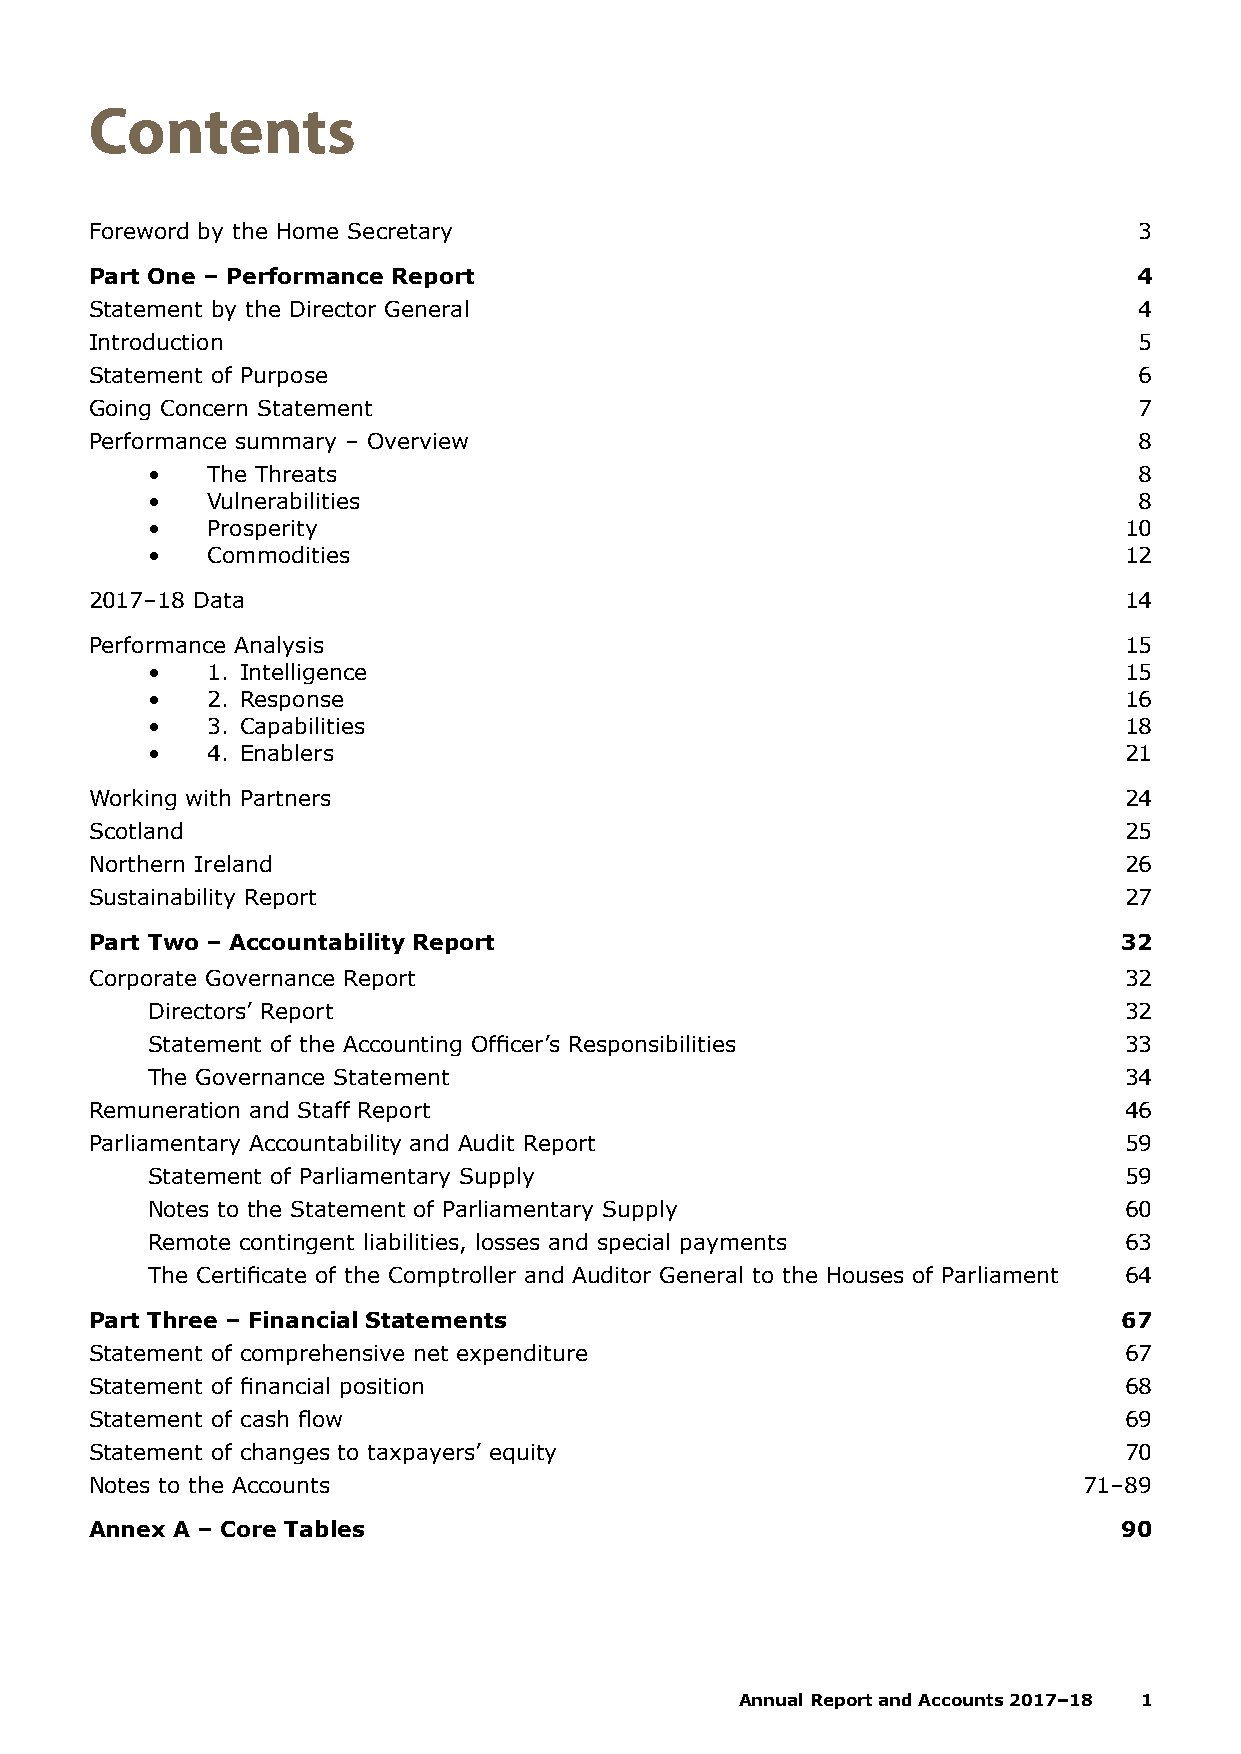
Contents
 Foreword by the Home Secretary                                       3
 Part One – Performance Report                                        4
 Statement by the Director General                                    4
 Introduction                                                         5
 Statement of Purpose                                                 6
 Going Concern Statement                                              7
 Performance summary – Overview                                       8
 •   The Threats                                                  8
 •   Vulnerabilities                                              8
 •   Prosperity                                                  10
 •   Commodities                                                 12
 2017–18 Data                                                        14
 Performance Analysis                                                15
 •   1. Intelligence                                             15
 •   2. Response                                                 16
 •   3. Capabilities                                             18
 •   4. Enablers                                                 21
 Working with Partners                                               24
 Scotland                                                            25
 Northern Ireland                                                    26
 Sustainability Report                                               27
 Part Two – Accountability Report                                    32
 Corporate Governance Report                                         32
 Directors’ Report                                               32
 Statement of the Accounting Officer’s Responsibilities          33
 The Governance Statement                                        34
 Remuneration and Staff Report                                       46
 Parliamentary Accountability and Audit Report                       59
 Statement of Parliamentary Supply                               59
 Notes to the Statement of Parliamentary Supply                  60
 Remote contingent liabilities, losses and special payments      63
 The Certificate of the Comptroller and Auditor General to the Houses of Parliament 64
 Part Three – Financial Statements                                   67
 Statement of comprehensive net expenditure                          67
 Statement of financial position                                     68
 Statement of cash flow                                              69
 Statement of changes to taxpayers’ equity                           70
 Notes to the Accounts                                             71–89
 Annex A – Core Tables                                               90
 Annual Report and Accounts 2017–18 1